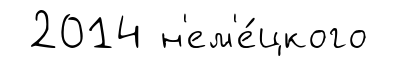
2014 н'ем'е́цкого